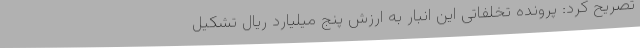
تصریح کرد: پرونده تخلفاتی این انبار به ارزش پنج میلیارد ریال تشکیل